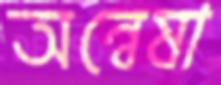
অন্বেষা